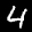
Label: 4